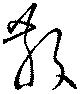
散